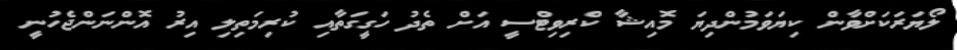
ލޯޔަރަކަށްވާން ކިޔަވަމުންދިޔަ މޮއިޝާ ކްރިވިޓްސީ އަށް ތެދު ހަގީގަތާއި ކުރިމަތިލި އިރު އޮންނަންޖެހުނީ